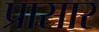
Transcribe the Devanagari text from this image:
प्रासार